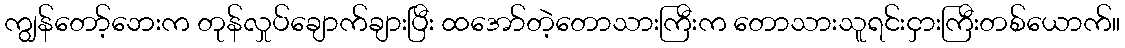
ကျွန်တော့်ဘေးက တုန်လှုပ်ချောက်ချားပြီး ထအော်တဲ့တောသားကြီးက တောသားသူရင်းငှားကြီးတစ်ယောက်။